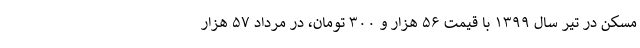
مسکن در تیر سال ۱۳۹۹ با قیمت ۵۶ هزار و ۳۰۰ تومان، در مرداد ۵۷ هزار